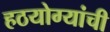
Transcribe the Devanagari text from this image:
हठयोग्यांची